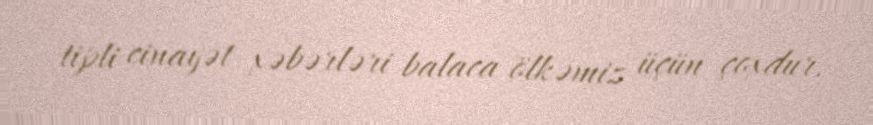
tipli cinayət xəbərləri balaca ölkəmiz üçün çoxdur.